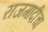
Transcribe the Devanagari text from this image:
राजगादीचा